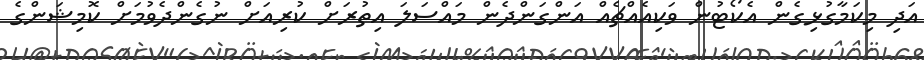
އަދި މިކަމާގުޅިގެން އެކޯޓުން ވަކިއެއްޗެއް އަންގަންދެން މައްސަލަ އިތުރަށް ކުރިއަށް ނުގެންދެވުމަށް ކޮމިޝަންގެ